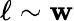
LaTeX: \ell\sim\mathbf{w}